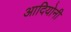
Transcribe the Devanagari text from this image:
आदियोनी